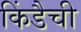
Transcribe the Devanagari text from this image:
किंडैची